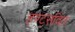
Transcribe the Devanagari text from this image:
हण्ट्सविल